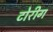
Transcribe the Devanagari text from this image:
टोरीग